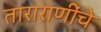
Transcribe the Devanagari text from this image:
ताराराणींचे